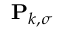
\mathbf { P } _ { k , \sigma }